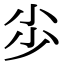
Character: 𡭣